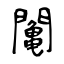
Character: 䦰